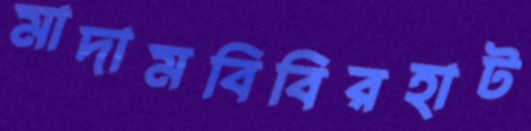
মাদামবিবিরহাট